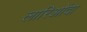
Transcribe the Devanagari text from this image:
लारिओंदा